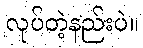
လုပ်တဲ့နည်းပဲ။